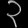
Digit: ၃